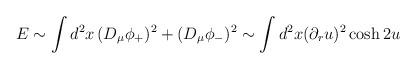
LaTeX: \begin{align*}E \sim \int d^2x\, (D_\mu \phi_+)^2 + (D_\mu \phi_-)^2 \sim\int d^2x (\partial_r u)^2 \cosh 2u\end{align*}